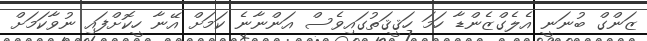
ޒަންގް ބުނަނީ އެލެގްޒެންޑާ ހަމަ ހަޤީޤަތުގައިވެސް އަންނާނެ ކަމަށް އޭނާ ހީކޮށްފައި ނުވާކަމަށް